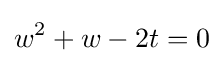
w^{2}+w-2t=0\!